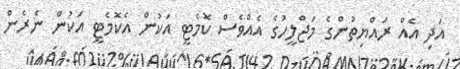
އަދި އެއް ރައްޔިތުންގެ މަޖްލީހުގެ އެއްވެސް ކޮމެޓީ އަކުން އެކޮމެޓީ އަކުން ނެރެން